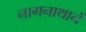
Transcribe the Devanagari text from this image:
नागनाथानें